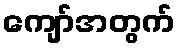
ကျော်အတွက်